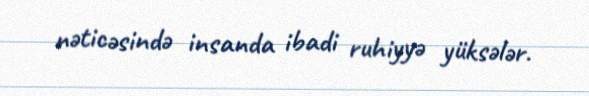
nəticəsində insanda ibadi ruhiyyə yüksələr.